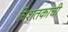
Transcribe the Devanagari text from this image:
त्रिशतकांची